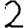
Digit: 2